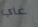
غاي